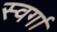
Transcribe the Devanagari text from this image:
स्वर्गा